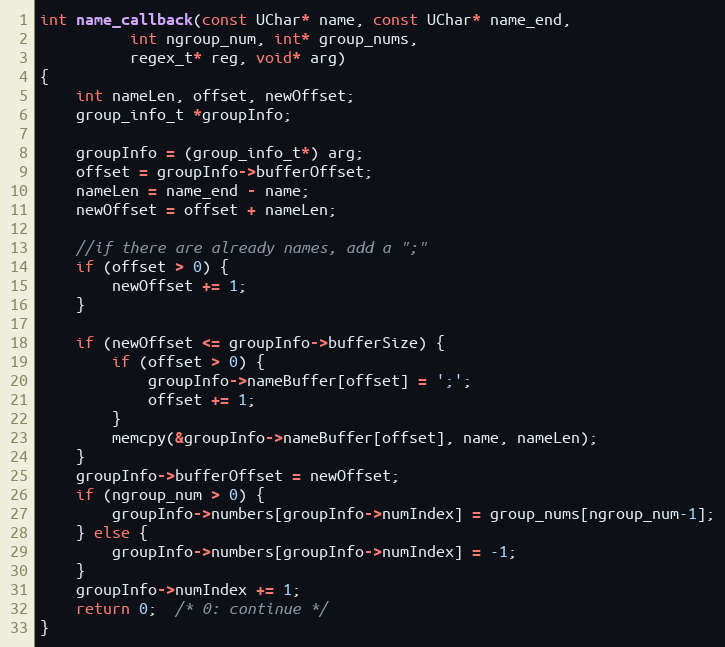
Language: C
int name_callback(const UChar* name, const UChar* name_end,
          int ngroup_num, int* group_nums,
          regex_t* reg, void* arg)
{
    int nameLen, offset, newOffset;
    group_info_t *groupInfo;

    groupInfo = (group_info_t*) arg;
    offset = groupInfo->bufferOffset;
    nameLen = name_end - name;
    newOffset = offset + nameLen;

    //if there are already names, add a ";"
    if (offset > 0) {
        newOffset += 1;
    }

    if (newOffset <= groupInfo->bufferSize) {
        if (offset > 0) {
            groupInfo->nameBuffer[offset] = ';';
            offset += 1;
        }
        memcpy(&groupInfo->nameBuffer[offset], name, nameLen);
    }
    groupInfo->bufferOffset = newOffset;
    if (ngroup_num > 0) {
        groupInfo->numbers[groupInfo->numIndex] = group_nums[ngroup_num-1];
    } else {
        groupInfo->numbers[groupInfo->numIndex] = -1;
    }
    groupInfo->numIndex += 1;
    return 0;  /* 0: continue */
}